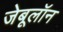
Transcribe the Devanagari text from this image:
जेबूलॉन